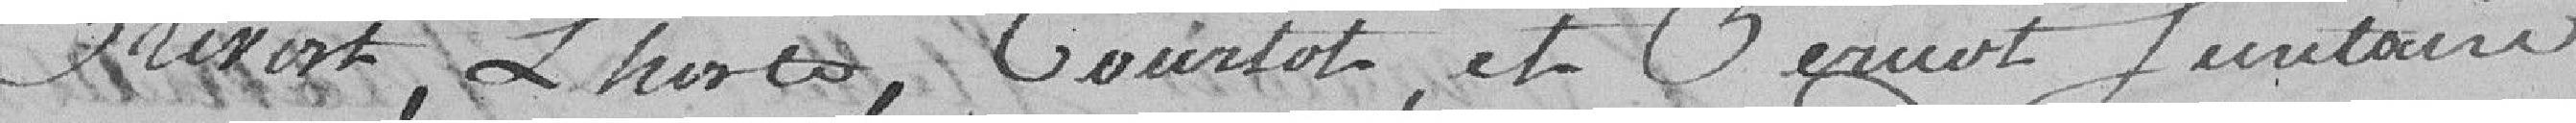
Prévost, Lhoste, Courtot et Pernot, secrétaire